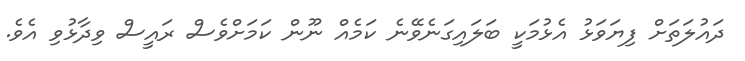
ދައުލަތަށް ފިޔަވަޅު އެޅުމަކީ ބަލައިގަނެވޭނެ ކަމެއް ނޫން ކަމަށްވެސް ރައީސް ވިދާޅުވި އެވެ.